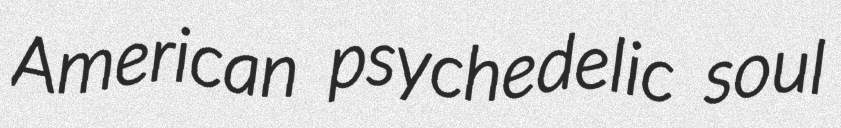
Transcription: American psychedelic soul